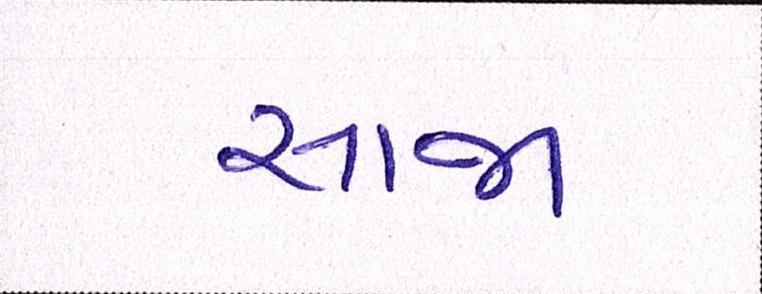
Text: સાજા